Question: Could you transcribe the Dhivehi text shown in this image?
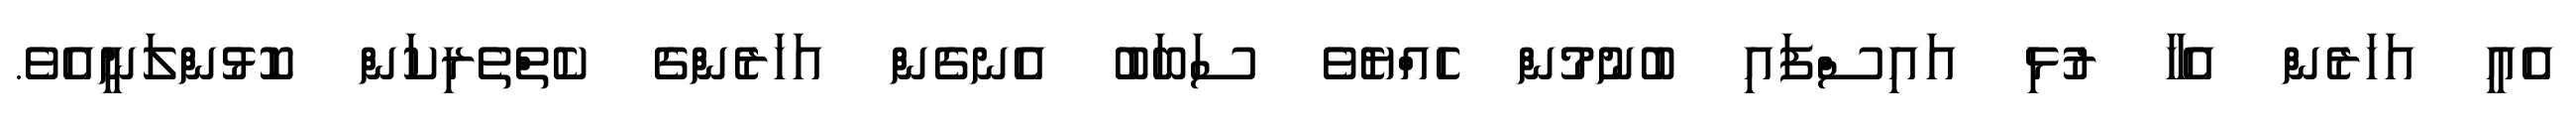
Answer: އެއީ އަހަރެން އެހާ ރުޅި އައިސްފައި ބުނުމުން ހެއްޔެވެ ސަބަބު އެނގެން އަހަރެންގެ ކެތްތެރިކަން ކޮޅުންލަނީއެވެ.